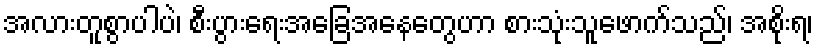
အလားတူစွာပါပဲ၊ စီးပွားရေးအခြေအနေတွေဟာ စားသုံးသူဖောက်သည်၊ အစိုးရ၊